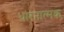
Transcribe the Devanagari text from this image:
धारनात्मक